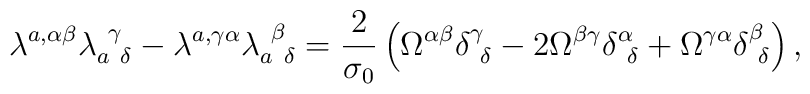
\lambda^{a,\alpha \beta} \lambda_{a~\delta}^{~\gamma}   - \lambda^{a,\gamma \alpha} \lambda_{a~\delta}^{~\beta}   = \frac{2}{\sigma_{0}}  \left(\Omega^{\alpha \beta}   \delta^{\gamma}_{~\delta}   - 2 \Omega^{\beta \gamma} \delta^{\alpha}_{~\delta}   + \Omega^{\gamma \alpha} \delta^{\beta}_{~\delta}\right),